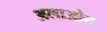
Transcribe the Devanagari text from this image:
अलाओन